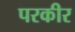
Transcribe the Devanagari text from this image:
परकीर